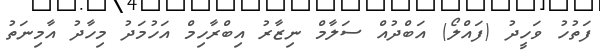
ފަތުހު ވަހީދު (ފައްލޯ) އަބްދުއް ސަލާމް ނިޒާރު އިބްރާހިމް އަހުމަދު މިހާދު އާމިނަތު